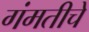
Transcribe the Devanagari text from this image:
गंमतीचे